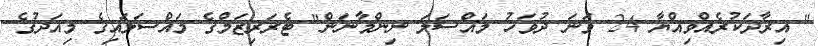
" އިރާދަކުރެއްވިއްޔާ 24 ވަނަ ދުވަހު މައްސަލަ ނިންމާނަން" ޓެރަރިޒަމްގެ މައްސަލައިގެ މިއަދުގެ